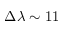
\Delta \lambda \sim 1 1